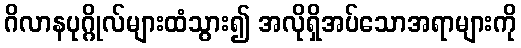
ဂိလာနပုဂ္ဂိုလ်များထံသွား၍ အလိုရှိအပ်သောအရာများကို